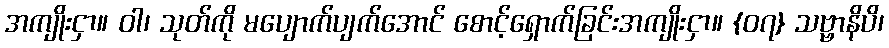
အကျိုးငှာ။ ဝါ၊ သုတ်ကို မပျောက်ပျက်အောင် စောင့်ရှောက်ခြင်းအကျိုးငှာ။ {၀၇} သဗ္ဗာနိပိ၊